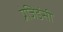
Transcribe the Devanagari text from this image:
प्रेजिडेंसी